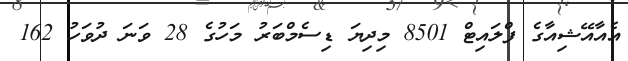
އެއާއޭޝިއާގެ ފްލައިޓް 8501 މިދިޔަ ޑިސެމްބަރު މަހުގެ 28 ވަނަ ދުވަހު 162